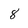
Character: 8